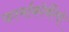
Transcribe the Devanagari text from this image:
फार्माकोथैरेपी